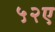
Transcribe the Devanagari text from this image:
५२ए